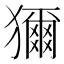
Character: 獮